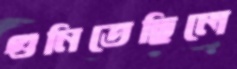
গুনিতেছিলে